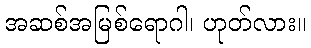
အဆစ်အမြစ်ရောဂါ၊ ဟုတ်လား။